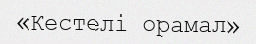
«Кестелі орамал»